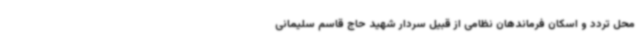
محل تردد و اسکان فرماندهان نظامی از قبیل سردار شهید حاج قاسم سلیمانی